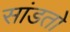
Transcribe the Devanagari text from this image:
सांडतो